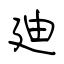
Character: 廸